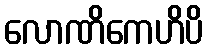
လောဏိကေဟိပိ